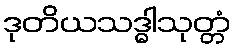
ဒုတိယသဒ္ဓါသုတ္တံ